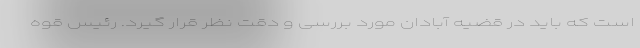
است که باید در قضیه آبادان مورد بررسی و دقت نظر قرار گیرد. رئیس قوه